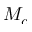
M _ { c }